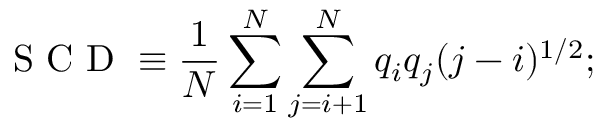
\mathrm { ~ S ~ C ~ D ~ } \equiv \frac { 1 } { N } \sum _ { i = 1 } ^ { N } \sum _ { j = i + 1 } ^ { N } q _ { i } q _ { j } ( j - i ) ^ { 1 / 2 } ;